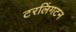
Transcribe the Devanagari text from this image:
टरलिंगटन